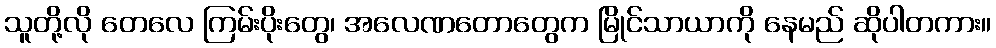
သူတို့လို တေလေ ကြမ်းပိုးတွေ၊ အလေဏတောတွေက မြိုင်သာယာကို နေမည် ဆိုပါတကား။